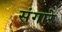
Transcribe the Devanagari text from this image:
संगारे